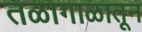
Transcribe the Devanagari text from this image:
तळागाळातून